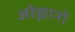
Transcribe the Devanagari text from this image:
अरेल्लानो